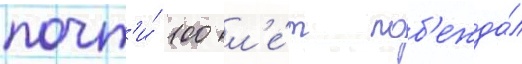
почт'и́ 100 л'е́т поб'ежда́л